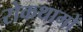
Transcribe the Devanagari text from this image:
रोकथामों